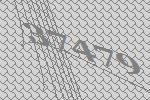
37479